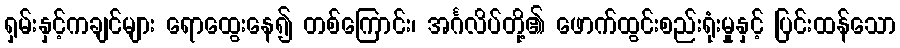
ရှမ်းနှင့်ကချင်များ ရောထွေးနေ၍ တစ်ကြောင်း၊ အင်္ဂလိပ်တို့၏ ဖောက်ထွင်းစည်းရုံးမှုနှင့် ပြင်းထန်သော